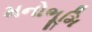
મનોભૂમિ